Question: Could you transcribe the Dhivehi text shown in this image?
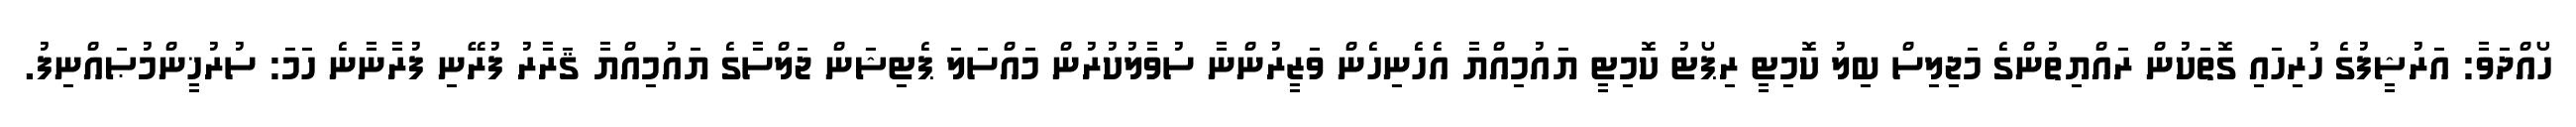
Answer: ހޯއްދަވާ: އަރުޝީފުގެ ހުރިހައި ގޮތަކުން ރައްޔިތުންގެ މަޖިލިސް ބިލު ކޮމިޓީ ރިޕޯޓު ކޮމިޓީ ޔައުމިއްޔާ އެހެނިހެން ވަޒީރުންނާ ސުވާލުކުރުން މައްސަލަ ޕެޓިޝަން ޖަލްސާގެ ޔައުމިއްޔާ ޤަރާރު ފުރޭނި ފުރާނާނެ ހަމަ: ސުރުޚީންމުޞައްނިފު.